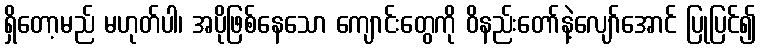
ရှိတော့မည် မဟုတ်ပါ၊ အပိုဖြစ်နေသော ကျောင်းတွေကို ဝိနည်းတော်နဲ့လျော်အောင် ပြုပြင်၍